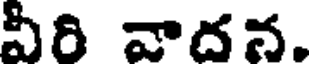
వీరి వాదన.